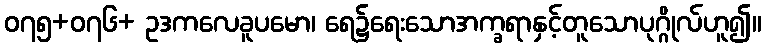
၀၇၅+၀၇၆+ ဥဒကလေခူပမော၊ ရေ၌ရေးသောအက္ခရာနှင့်တူသောပုဂ္ဂိုလ်ဟူ၍။